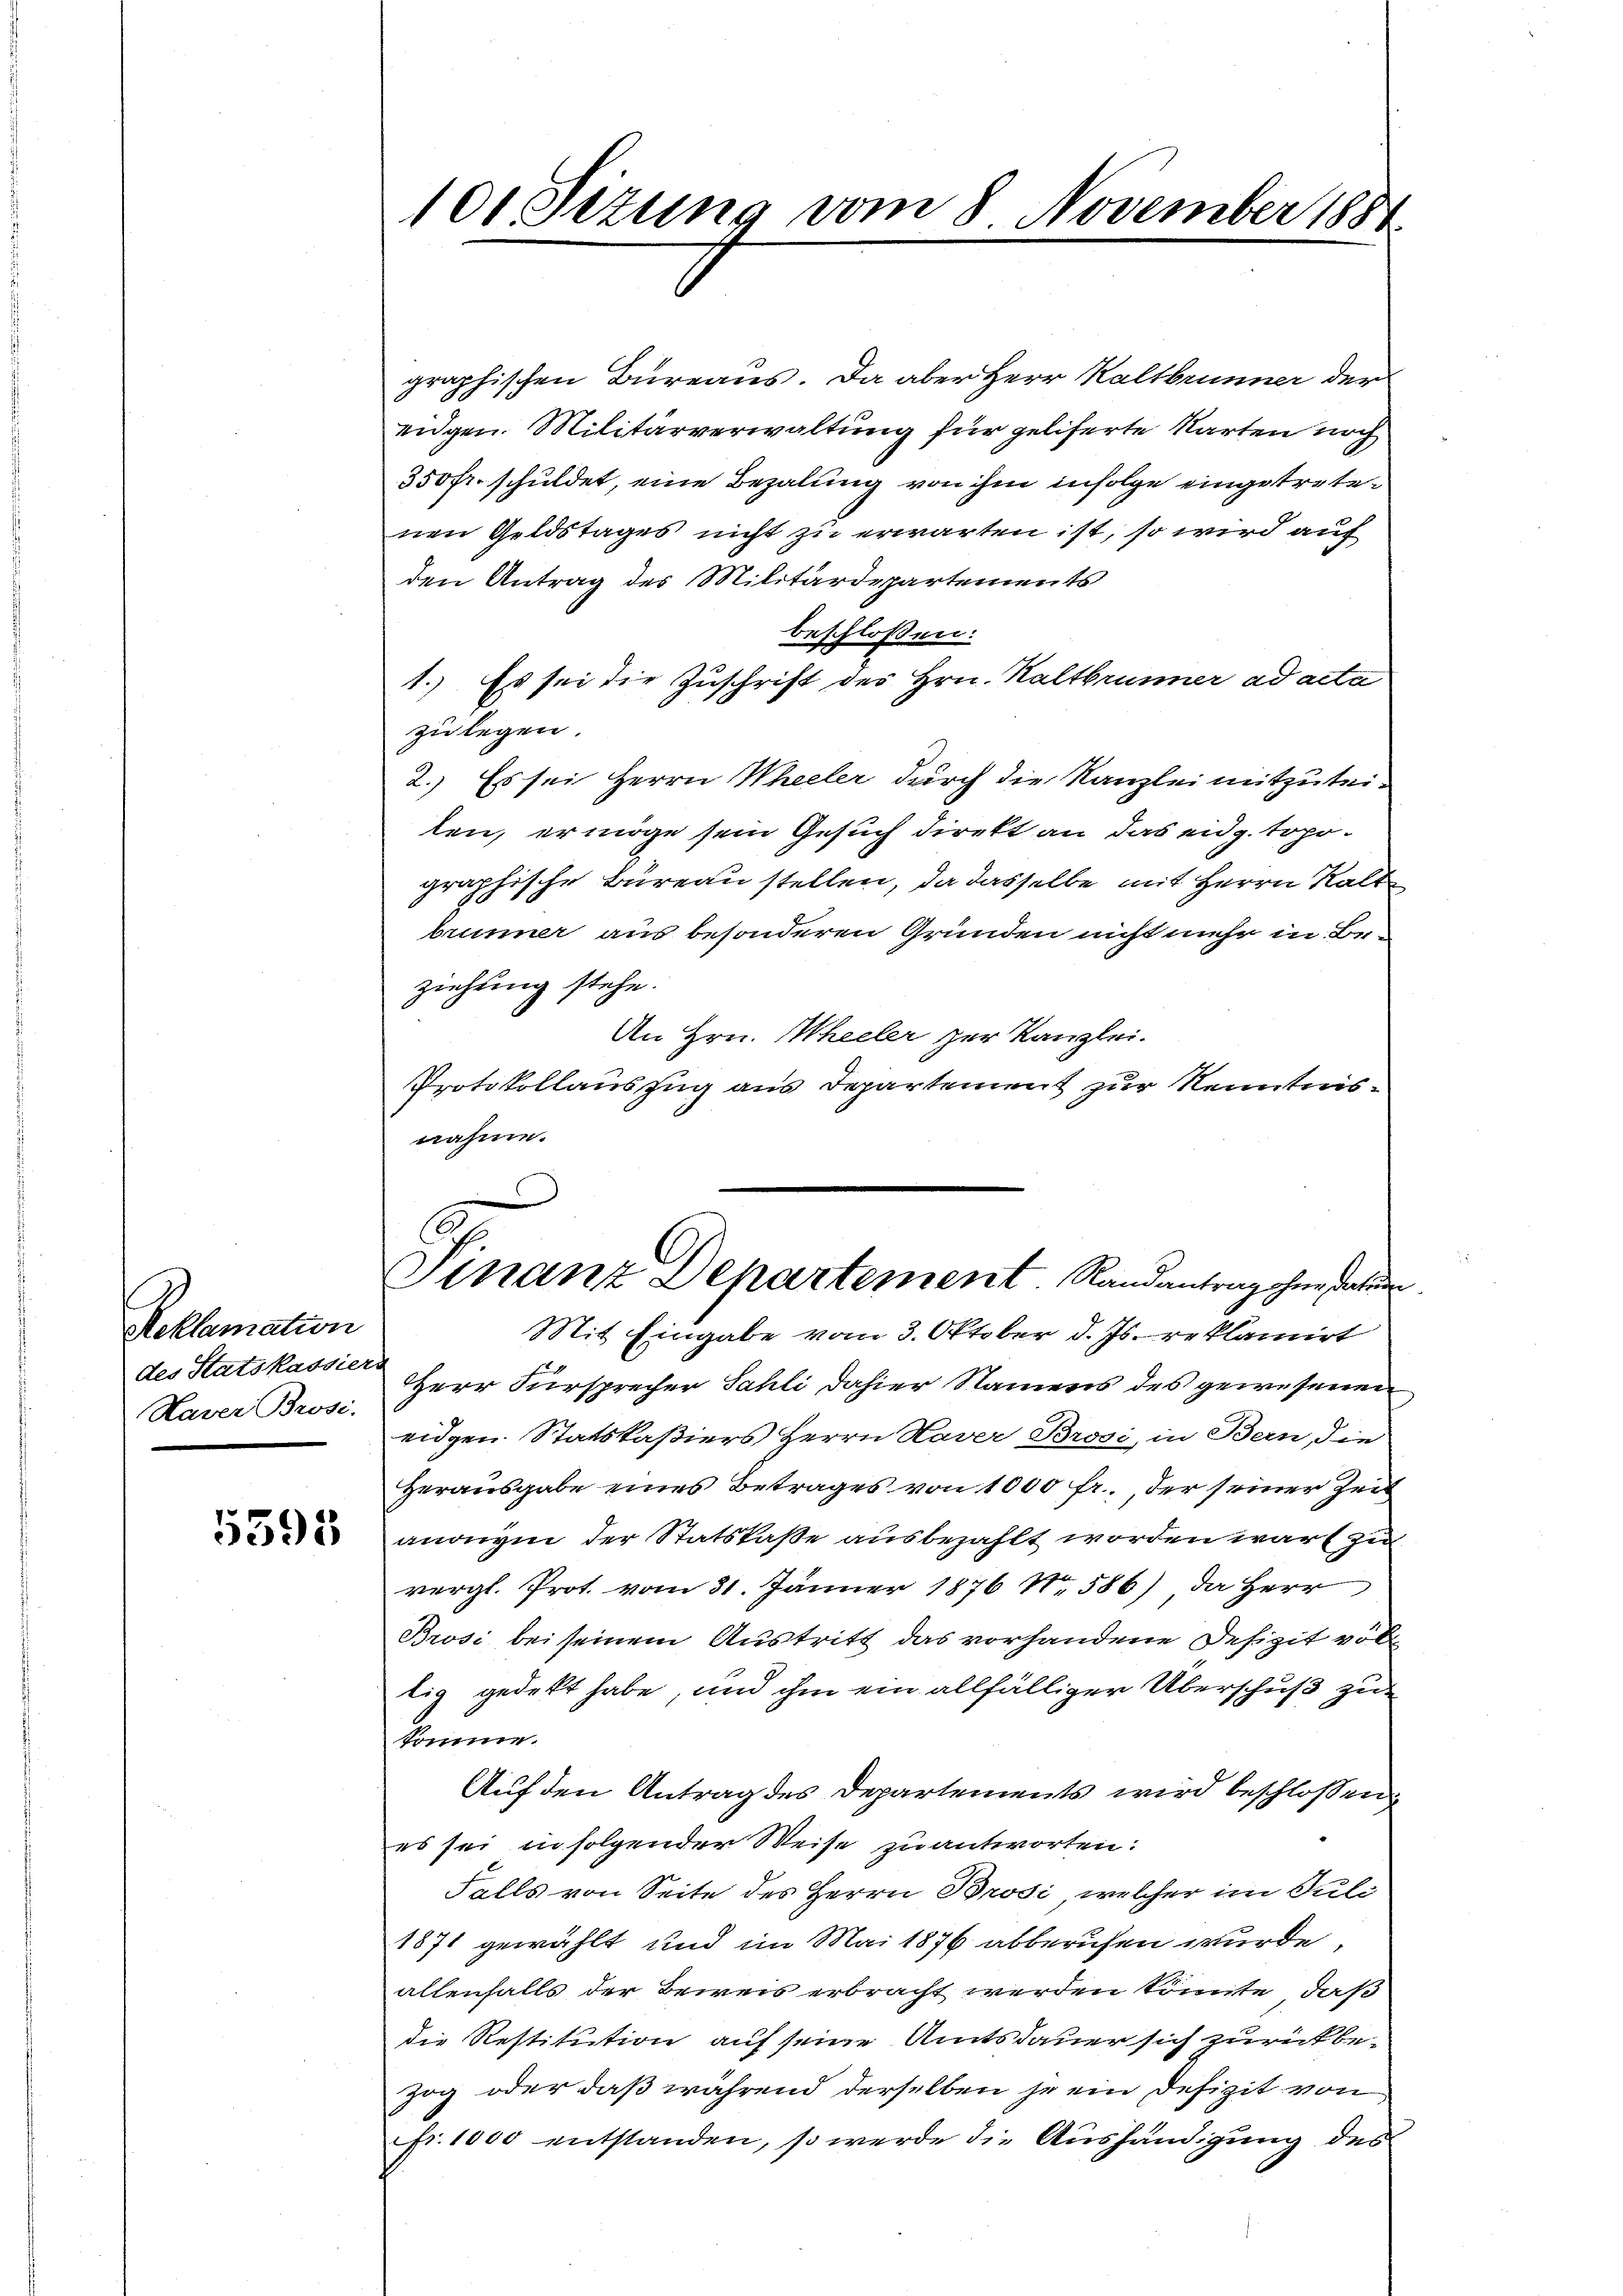
Reklamation
des Statskassier
Haver Brosi-

5395

101 Sizung vom 8 November 1884

Finanz Dehartement. Randantrag ohne datum

graphischen Bureaus. Da aber Herr Kaltbrunner der
eidgen. Militärverwaltung für geliferte Karten noch
350 fr. schuldet, eine Bezalung von ihm infolge eingetretenen Geldstages nicht zu erwarten ist, so wird auf
den Antrag des Militärdepartements
beschlossen:
1.) Es sei die Zuschrift der Hrn. Kaltbrunner ad acta
zu legen.
2.) Es sei Herrn Weeler durch die Kanzlei mitzuteiten, ermöge sein Gesuch direkt an das eidg. topographische Büreau stellen, da dasselbe mit Herrn Kalt
brunner aus besonderen Gründen nicht mehr in Beziehung stehe.
An Hrn. Wheeler zur Kanzlei.
Protokollauszug aus Departement zur Kenntnisnahme.
Mit Eingabe vom 3. Oktober d. Js. reklamirt
HHerr Fürsprecher Sahli dahier Namens des gewesenen
eidgen. Statskaßiers Herrn Haver Brosi, in Bern, die
Herausgabe eines Betrages von 1000 fr., der seiner Zeit
anonigin der Statskaße ausbezahlt worden war zu
vergl. Prot. vom 31. Jänner 1876 N. 586) Da Herr
Brosi bei seinem Austritt das vorhandene Defizit vol
tig gedeckt habe, und ihm ein allfälliger Überschuß zu
somme.
Auf den Antrag des Departements wird beschloßen
es sei in folgender Weise zu antworten:
Falls von Seite des Herrn Brosi, welcher im Juli
1871 gewählt und im Mai 1876 abberufen wurde,
allenfalls der Beweis erbracht werden könnte, daß
die Restitution auf seine Amtsdauer sich zurückbezog, oder daß während derselben je ein Defizit von
fr. 1000 entstanden, so werde die Aushändigung des